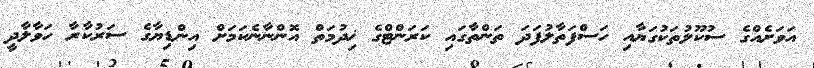
އަވަށެއްގެ ސުކޫލުތަކުގަޔާއި ހަސްފަތާލުފަދަ ތަންތާގައި ކަރަންޓްގެ ޚިދުމަތް އޮންނާނެކަމަށް އިންޑިޔާގެ ސަރުކާރާ ހަވާލާދީ